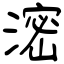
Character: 滵